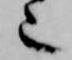
也